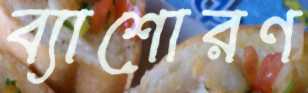
ব্যাশোরণ